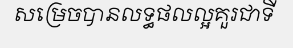
សម្រេចបានលទ្ធផលល្អគួរជាទី